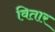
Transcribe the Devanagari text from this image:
वितार